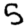
Digit: 5